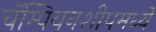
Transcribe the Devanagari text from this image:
चॅम्पियनशीपमध्ये